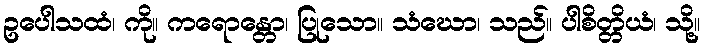
ဥပေါသထံ၊ ကို။ ကရောန္တော၊ ပြုသော။ သံဃော၊ သည်။ ပါစိတ္တိယံ၊ သို့။